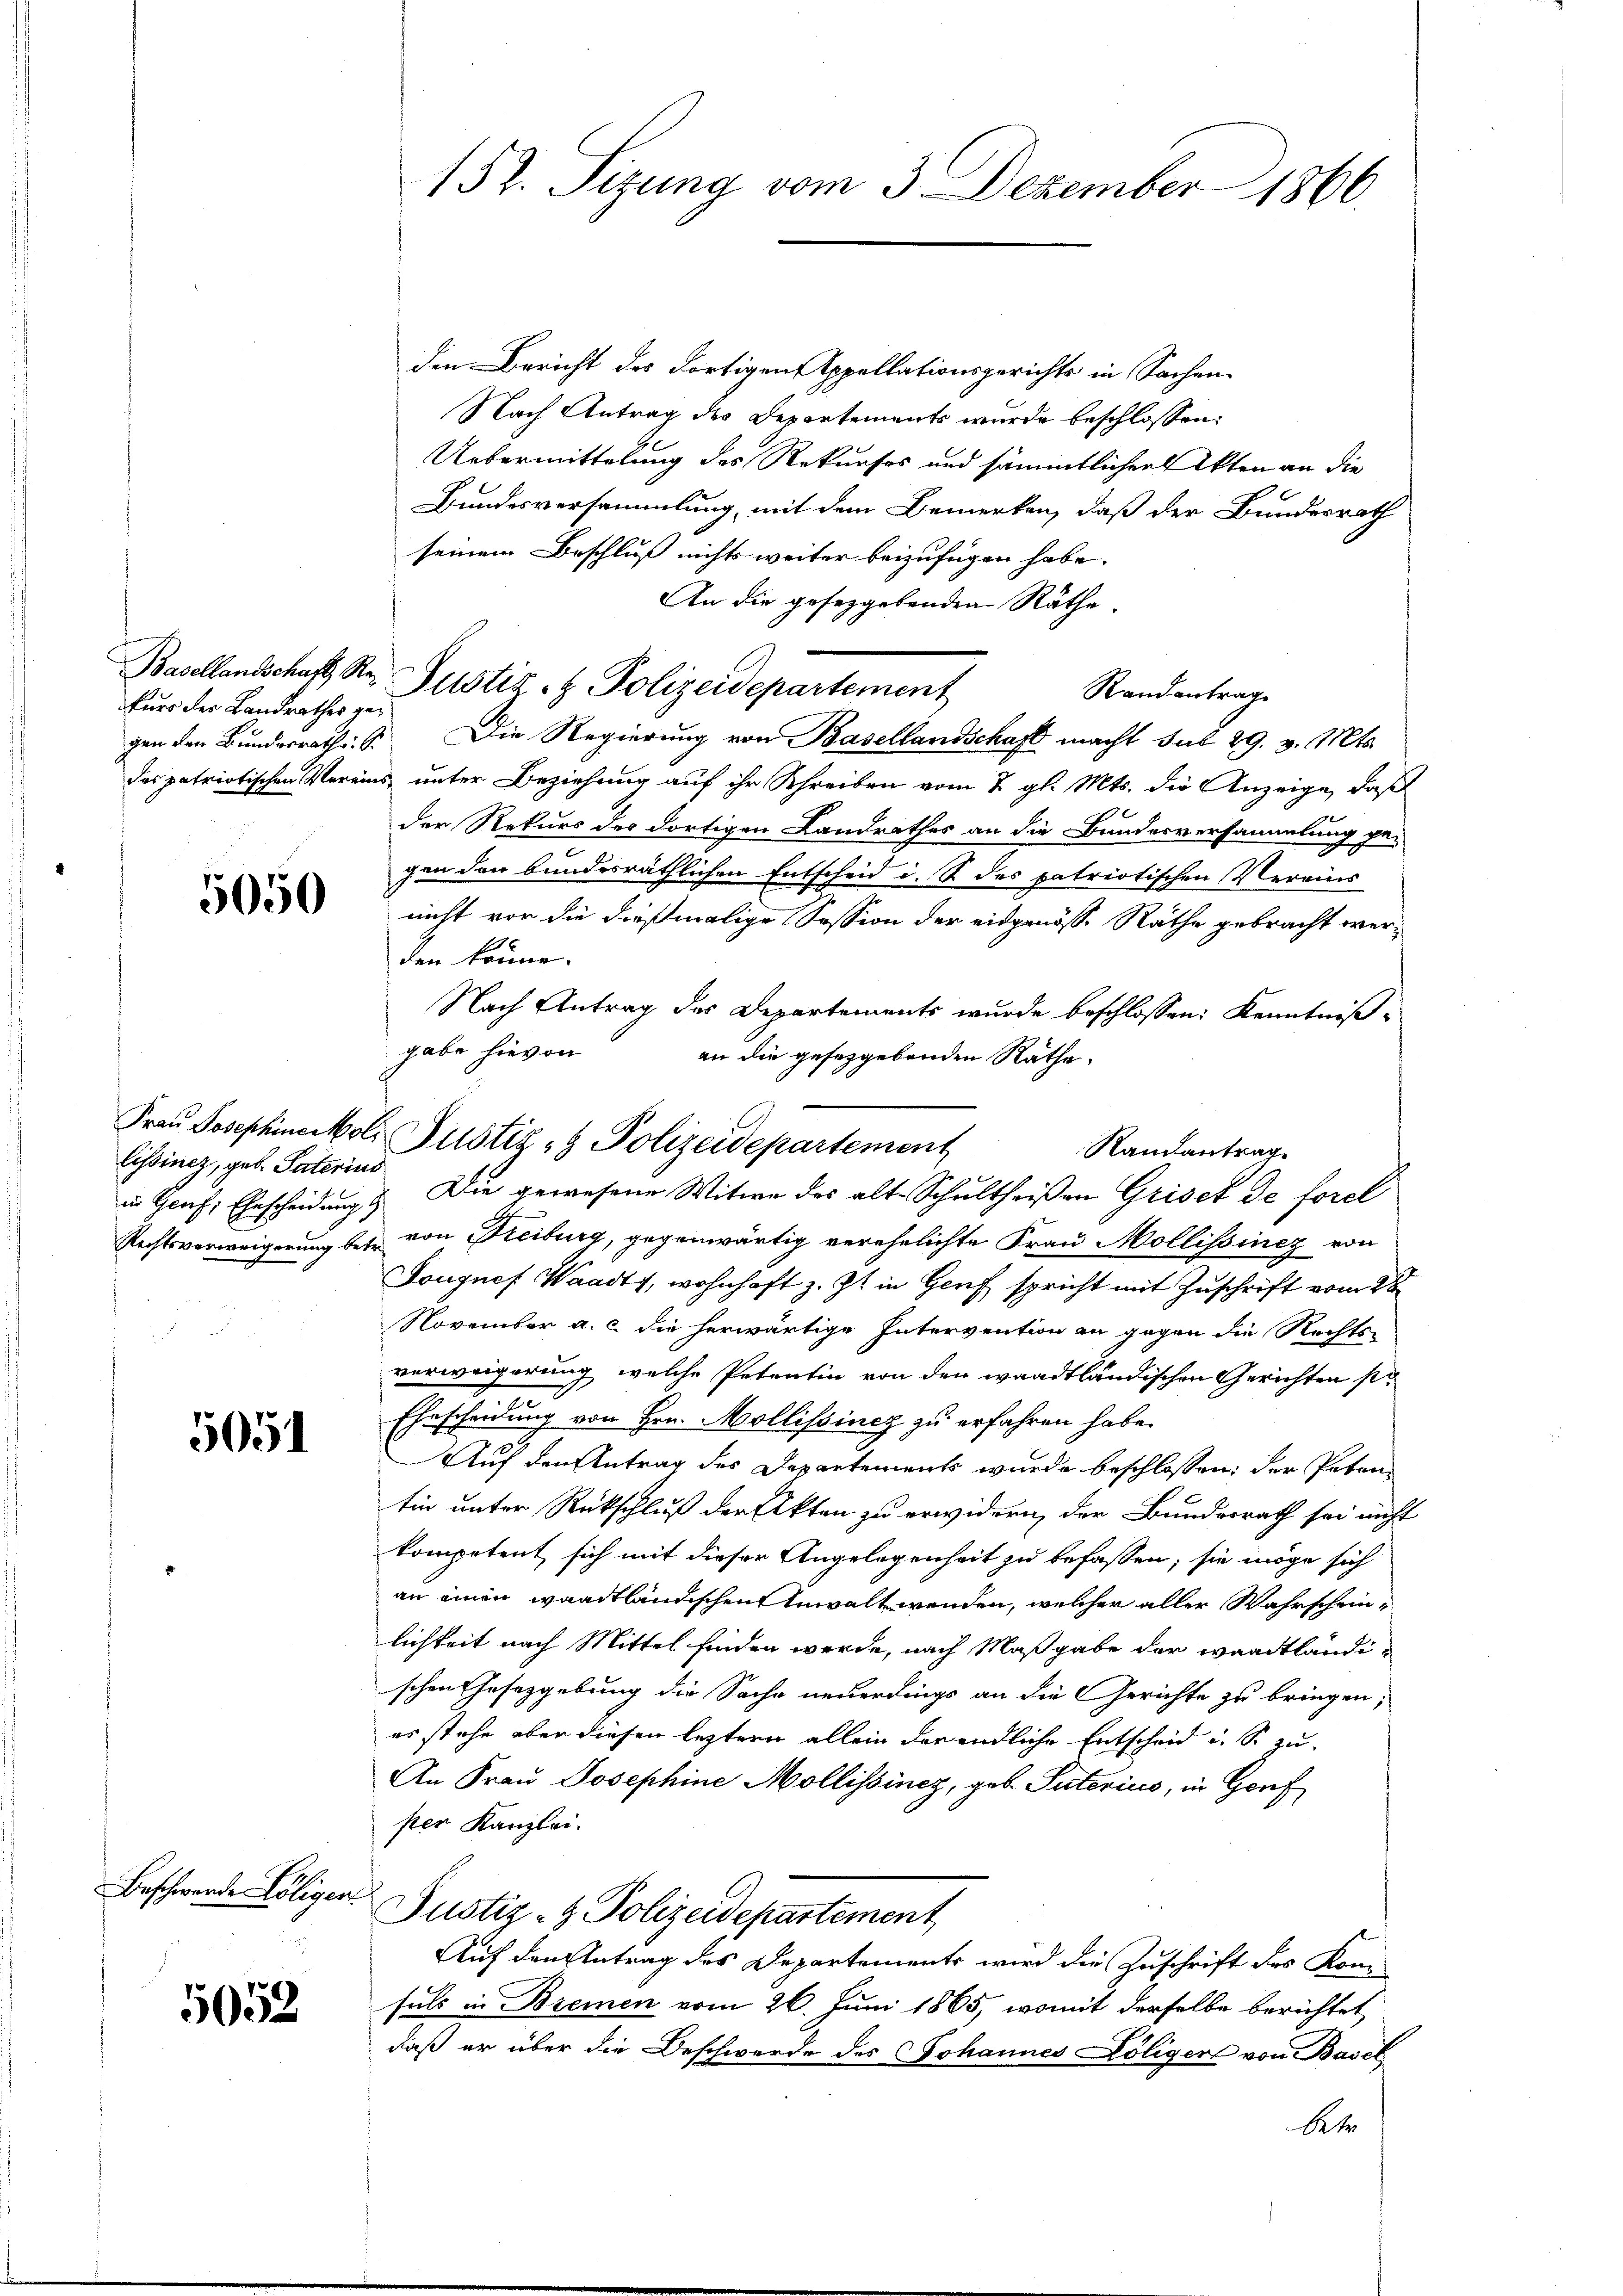
fur der Landrathes ge¬

5050

listinez, geb. Paterius

5051

Beschwerde Löligen.

5052

den Bericht des Fortigen Appellationsgerichts in Sachen
Nach Antrag des Departements wurde beschlossen:
Uebermittelung des Rekurses und sämmtlicher Akten an die
Bundesversammlung, mit dem Bemerken, daß der Bundesrath
seinem Beschluß nichts weiter beizufügen habe.
An die gesetzgebenden Räthe
Randantrag
gen den Bunderrath G. Die Regierung von Basellandschaft macht sub 29. v. Mts.
das patriotischen Vereins, unter Beziehung auf ihr Schreiben vom 8. gl. Mts. die Anzeige, daß
der Rekurs des dortigen Landrathes an die Bundesversammlung ge-
gen den bundesräthlichen Entscheid i. B. des patriotischen Vereins
nicht vor die dießmalige Session der eidgenösse Räthe gebracht werden könne.
Nach Antrag des Departements wurde beschlossen: Kenntniß-
gabe hievon
an die gesetzgebenden Räthe,
in Genf, Ehescheidung & Die gewesene Witwe des alt-Schultheißen Griset de forcl
Rechtsverweigerung bez. von Steiburg, gegenwärtig verehelichte Frau Mollissinez von
Tougnef Waadt, wohnhaft z. Zt. in Genf spricht mit Zuschrift vom 28
November a. c. die herwärtige Intervention an gegen die Rechts-
verweigerung, welche Petentin von den waadtländischen Gerichten so
Ehescheidung von Hrn. Mollissiney zu erfahren habe.
Auf den Antrag des Departements wurde beschlossen: der Petentin unter Rückschluß der Akten zu erwidern, der Bundesrath sei nicht
kompetent sich mit dieser Angelegenheit zu befassen, sie möge sich
an einen waadtländischen Anwalt wenden, welcher aller Wahrscheinlichkeit nach Mittel finden werde, nach Maßgabe der Waadtländischen Gesetzgebung die Sache neuerdings an die Gerichte zu bringen,
es stehe aber diesen leztern allein der endliche Entscheid u. S. zu
An Frau Josephine Mollissinez, geb. Suterius, in Genf
ster Kanzlei-
Justiz- & Polizeidepartement
Auf den Antrag des Departements wird die Zuschrift des Konn
suls in Bremen vom 26. Juni 1865, womit derselbe berichtet
daß er über die Beschwerde des Johannes Löligen von Basel
At

152. Sizung vom 3. Dezember 1866.

Basellandschaft Sr. Justiz- & Polizeidepartement

Frau Josephineikols Justiz- & Polizeidepartement

Randantrag